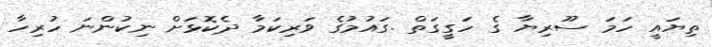
ތިޔައީ ހަމަ ސޫރިޔާ ގެ ހަގީގަތް .ގައުމުގެ ވަރިކަމާ ދެކޮޅަށް ނިކުންނަ ހުރިހާ